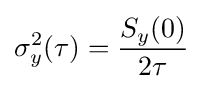
\sigma _{y}^{2}(\tau )={S_{y}(0) \over {2\tau }}